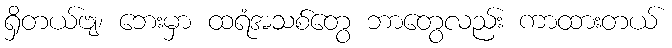
ရှိတယ်ဗျ၊ ဘေးမှာ ထရံအသစ်တွေ ဘာတွေလည်း ကာထားတယ်